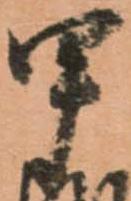
甲